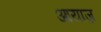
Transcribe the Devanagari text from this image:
आयाज़